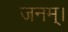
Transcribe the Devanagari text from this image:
जनम्।